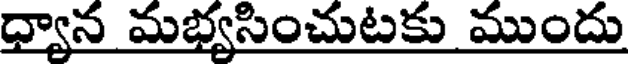
ధ్యాన మభ్యసించుటకు ముందు